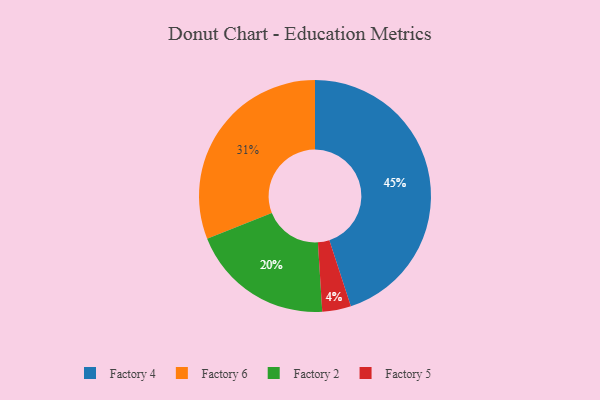
{"axis": {"x": "Category", "y": "Percentage"}, "legend": ["Factory 2", "Factory 4", "Factory 5", "Factory 6"], "data": [{"x": "Factory 6", "y": 31, "type": "Factory 6"}, {"x": "Factory 2", "y": 20, "type": "Factory 2"}, {"x": "Factory 4", "y": 45, "type": "Factory 4"}, {"x": "Factory 5", "y": 4, "type": "Factory 5"}]}